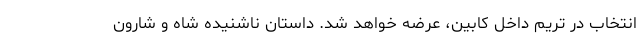
انتخاب در تریم داخل کابین، عرضه خواهد شد. داستان ناشنیده شاه و شارون